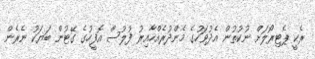
ރެކީ ޕެޓިރޯލަށް ނުކުތުން އެދުވަހުގެ މެންދުރެއްހާއިރު ފުލުސް އޮފީހުގެ ގޭޓުން ބަޔަކު ނެރެން